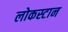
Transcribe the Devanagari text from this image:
लोकस्टान